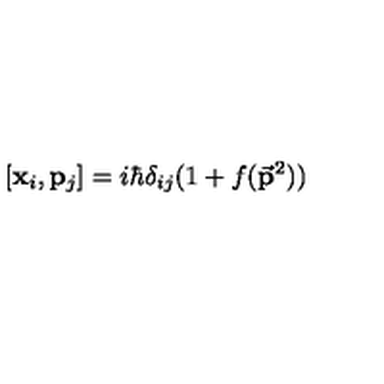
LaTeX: [ { \bf { x } } _ { i } , { \bf { p } } _ { j } ] = i \hbar \delta _ { i j } ( 1 + f ( { \bf \vec { p } } ^ { 2 } ) )